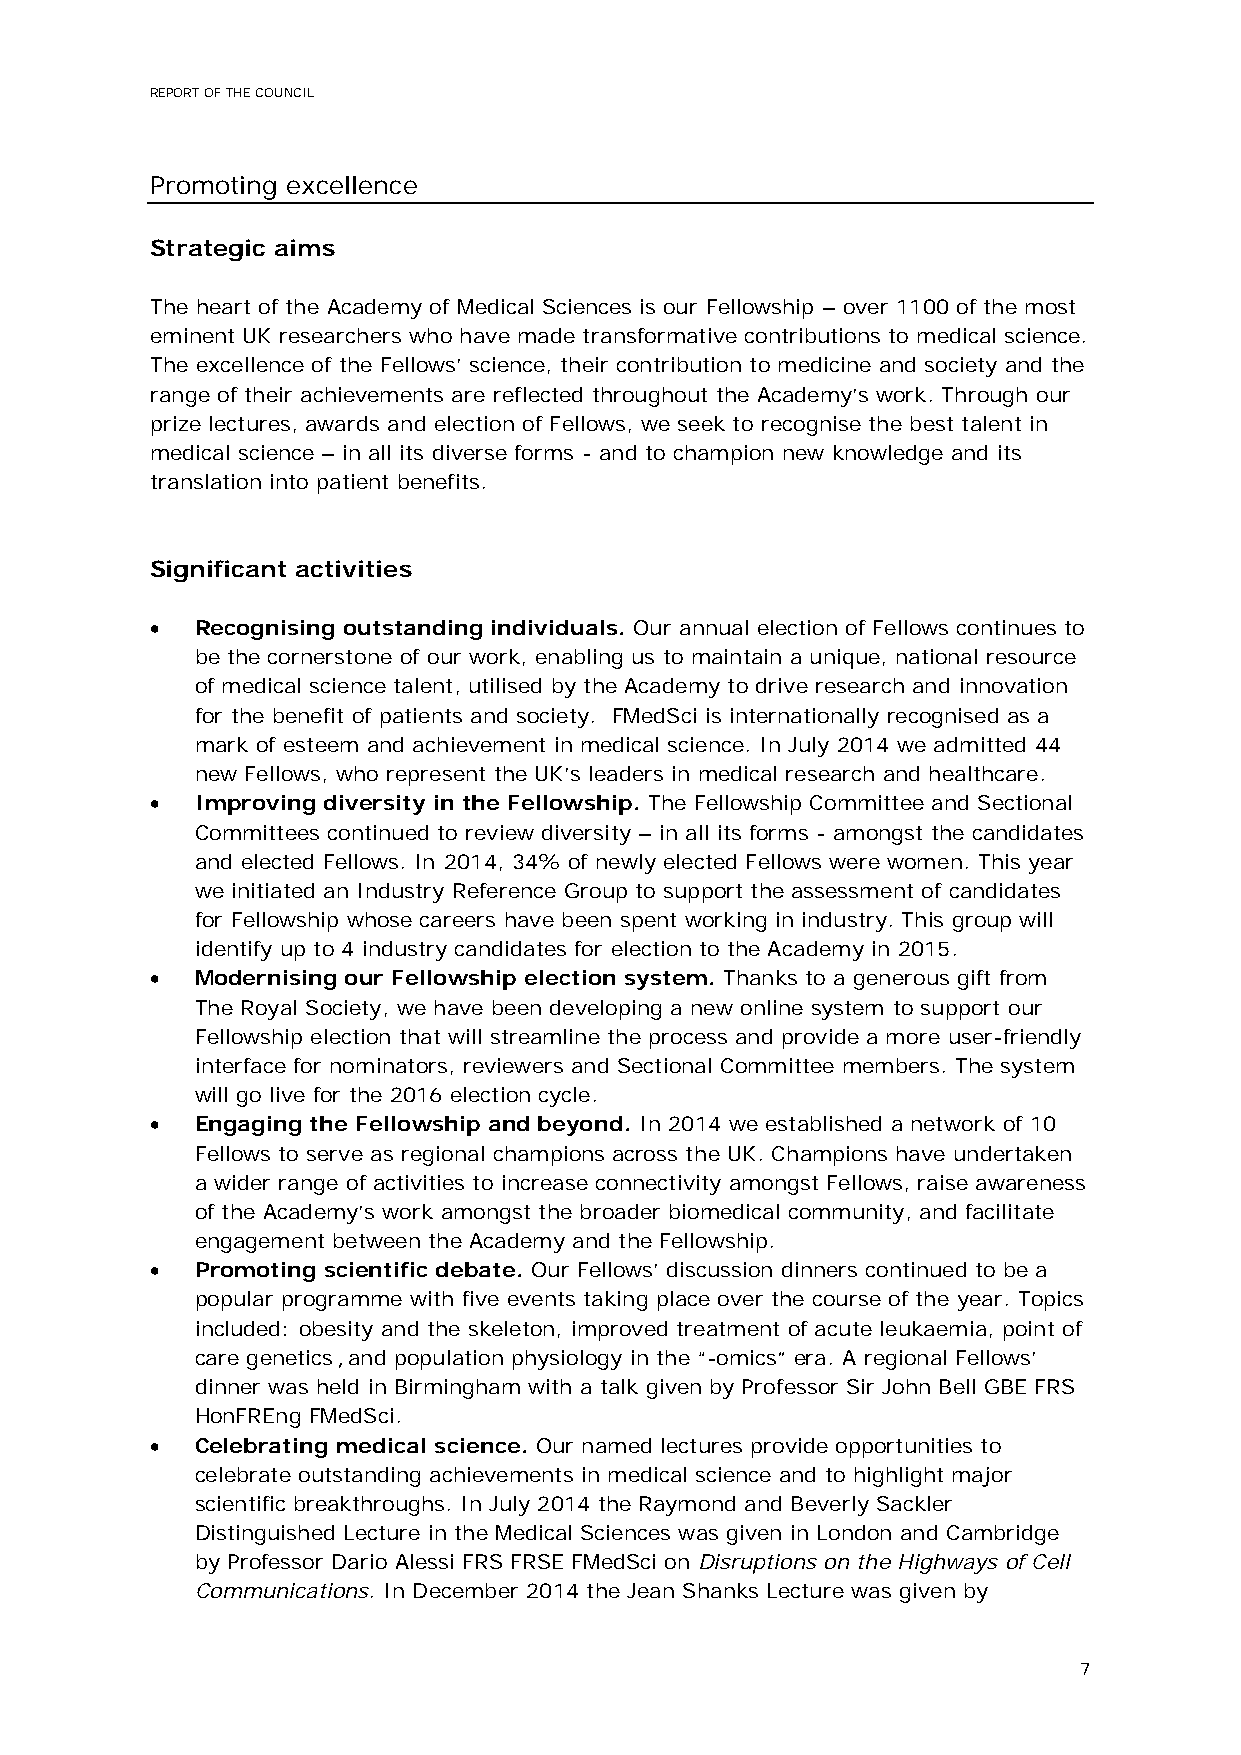
REPORT OF THE COUNCIL
 Promoting excellence
 Strategic aims
 The heart of the Academy of Medical Sciences is our Fellowship – over 1100 of the most
 eminent UK researchers who have made transformative contributions to medical science.
 The excellence of the Fellows’ science, their contribution to medicine and society and the
 range of their achievements are reflected throughout the Academy’s work. Through our
 prize lectures, awards and election of Fellows, we seek to recognise the best talent in
 medical science – in all its diverse forms - and to champion new knowledge and its
 translation into patient benefits.
 Significant activities
 •  Recognising outstanding individuals. Our annual election of Fellows continues to
 be the cornerstone of our work, enabling us to maintain a unique, national resource
 of medical science talent, utilised by the Academy to drive research and innovation
 for the benefit of patients and society. FMedSci is internationally recognised as a
 mark of esteem and achievement in medical science. In July 2014 we admitted 44
 new Fellows, who represent the UK’s leaders in medical research and healthcare.
 •  Improving diversity in the Fellowship. The Fellowship Committee and Sectional
 Committees continued to review diversity – in all its forms - amongst the candidates
 and elected Fellows. In 2014, 34% of newly elected Fellows were women. This year
 we initiated an Industry Reference Group to support the assessment of candidates
 for Fellowship whose careers have been spent working in industry. This group will
 identify up to 4 industry candidates for election to the Academy in 2015.
 •  Modernising our Fellowship election system. Thanks to a generous gift from
 The Royal Society, we have been developing a new online system to support our
 Fellowship election that will streamline the process and provide a more user-friendly
 interface for nominators, reviewers and Sectional Committee members. The system
 will go live for the 2016 election cycle.
 •  Engaging the Fellowship and beyond. In 2014 we established a network of 10
 Fellows to serve as regional champions across the UK. Champions have undertaken
 a wider range of activities to increase connectivity amongst Fellows, raise awareness
 of the Academy’s work amongst the broader biomedical community, and facilitate
 engagement between the Academy and the Fellowship.
 •  Promoting scientific debate. Our Fellows’ discussion dinners continued to be a
 popular programme with five events taking place over the course of the year. Topics
 included: obesity and the skeleton, improved treatment of acute leukaemia, point of
 care genetics , and population physiology in the “-omics” era. A regional Fellows’
 dinner was held in Birmingham with a talk given by Professor Sir John Bell GBE FRS
 HonFREng FMedSci.
 •  Celebrating medical science. Our named lectures provide opportunities to
 celebrate outstanding achievements in medical science and to highlight major
 scientific breakthroughs. In July 2014 the Raymond and Beverly Sackler
 Distinguished Lecture in the Medical Sciences was given in London and Cambridge
 by Professor Dario Alessi FRS FRSE FMedSci on Disruptions on the Highways of Cell
 Communications. In December 2014 the Jean Shanks Lecture was given by
 7